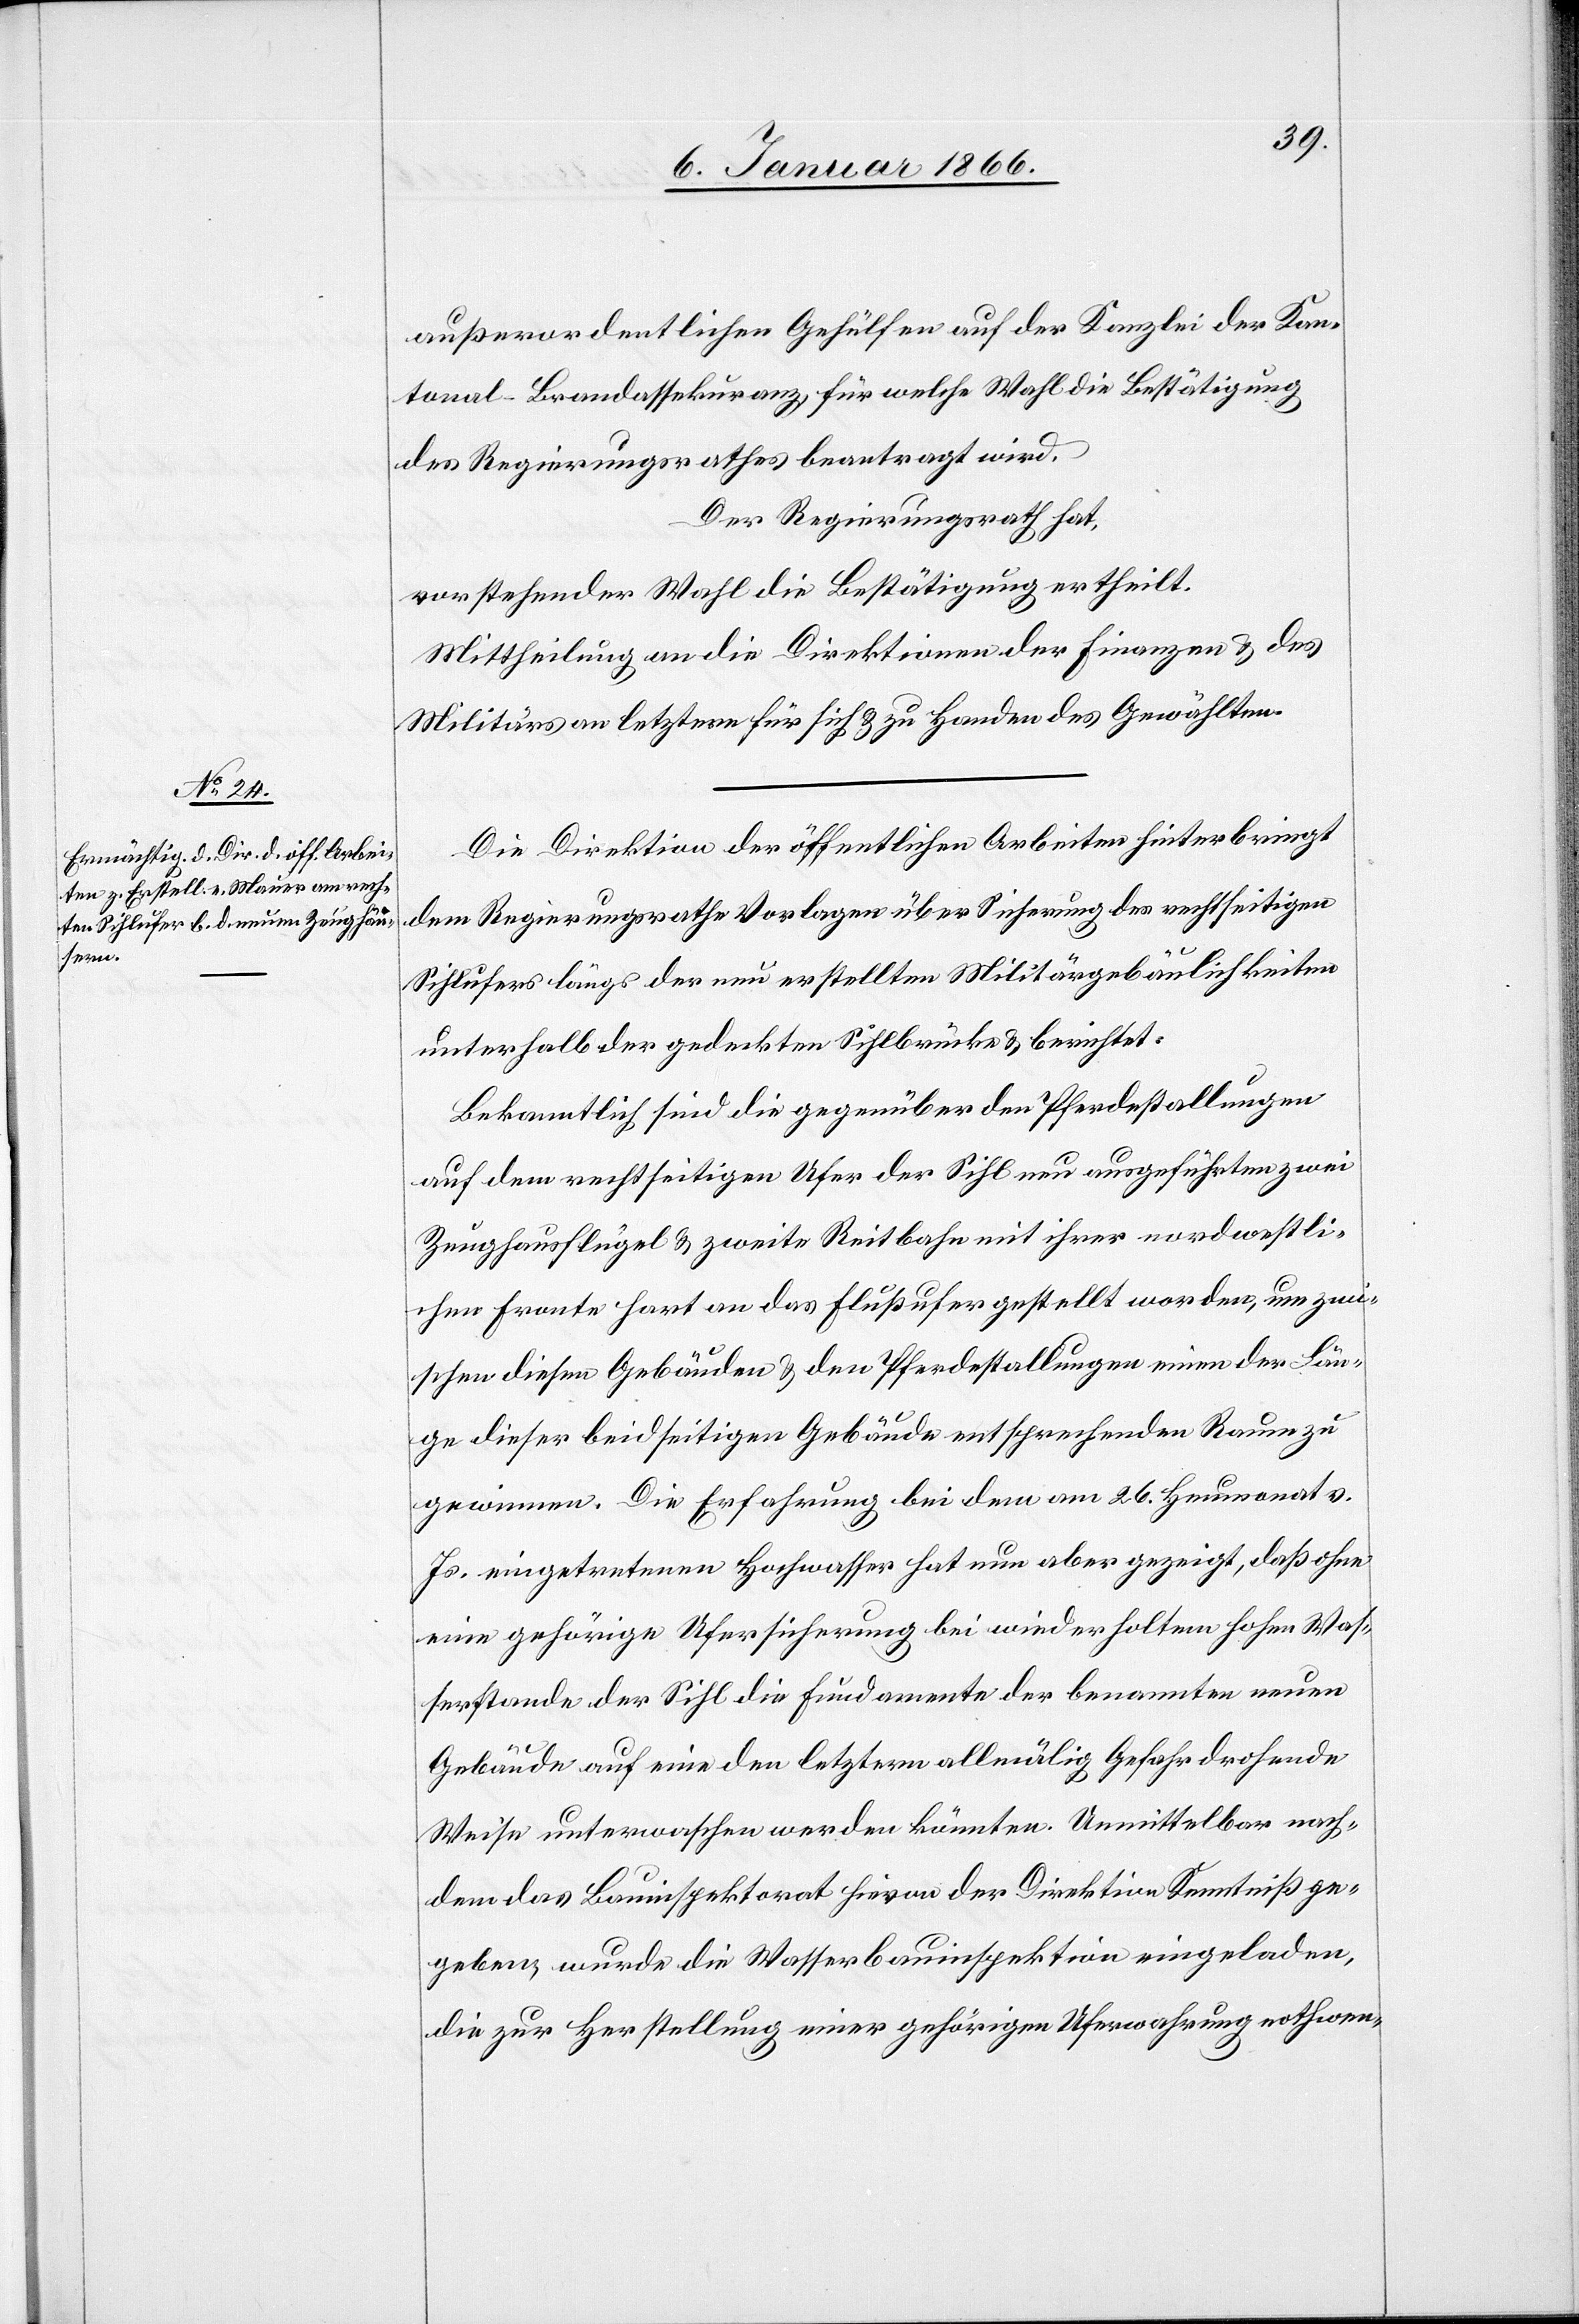
außerordentlichen Gehülfen auf der Kanzlei der Kan¬
tonal-Brandassekuranz für welche Wahl die Bestätigung
des Regierungsrathes beantragt wird.
Der Regierungsrath hat,
verstehender Wahl die Bestätigung ertheilt.
Mittheilung an die Direktion der Finanzen u. des
Militärs an letztere für sich u. zu Handen des Gewählten.
Die Direktion der öffentlichen Arbeiten hinterbringt
dem Regierungsrathe Vorlagen über Sicherung des rechtseitigen
Sihlufers längs der neu erstellten Militärgebäulichkeiten
unterhalb der gedeckten Sihlbrücke u. berichtet:
Bekanntlich sind die gegenüber den Pferdestallungen
auf dem rechtseitigen Ufer der Sihl neu ausgeführten zwei
Zeughausflügel u. zweite Reitbahn mit ihrer nordwestli¬
chen Fronte hart an das Flußufer gestellt worden, um zwi¬
schen diesen Gebäuden u. den Pferdestallungen einen der Län¬
ge dieser beidseitigen Gebäude entsprechenden Raum zu
gewinnen. Die Erfahrung bei dem am 26. Heumonat v.
Js. eingetretenen Hochwasser hat nun aber gezeigt, daß ohne
eine gehörige Versicherung bei wiederholtem hohen Was¬
serstande der Sihl die Fundamente der benannten neuen
Gebäude auf eine den letztern allmälig Gefahr drohenden
Weise unterwaschen werden könnten. Unmittelbar nach¬
dem das Bauinspektorat hievon der Direktion Kenntniß ge¬
geben, wurde die Wasserbauinspektion eingeladen,
die zur Herstellung einer gehörigen Uferwahrung nothwen-